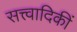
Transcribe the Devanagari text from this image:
सत्त्वादिकीं